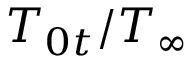
T _ { 0 t } / T _ { \infty }